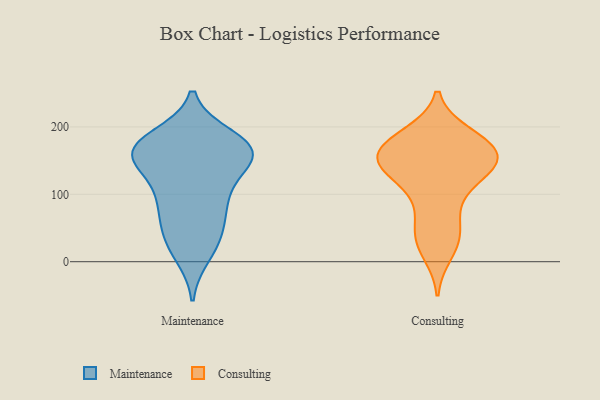
{"axis": {"x": "Conversion Rate (%)", "y": "Value"}, "legend": ["Consulting", "Maintenance"], "data": [{"x": "", "y": 30, "type": "Maintenance"}, {"x": "", "y": 165, "type": "Maintenance"}, {"x": "", "y": 142, "type": "Maintenance"}, {"x": "", "y": 11, "type": "Maintenance"}, {"x": "", "y": 97, "type": "Maintenance"}, {"x": "", "y": 178, "type": "Maintenance"}, {"x": "", "y": 100, "type": "Maintenance"}, {"x": "", "y": 30, "type": "Maintenance"}, {"x": "", "y": 157, "type": "Maintenance"}, {"x": "", "y": 171, "type": "Maintenance"}, {"x": "", "y": 157, "type": "Maintenance"}, {"x": "", "y": 161, "type": "Maintenance"}, {"x": "", "y": 62, "type": "Maintenance"}, {"x": "", "y": 184, "type": "Maintenance"}, {"x": "", "y": 162, "type": "Maintenance"}, {"x": "", "y": 163, "type": "Maintenance"}, {"x": "", "y": 100, "type": "Maintenance"}, {"x": "", "y": 65, "type": "Maintenance"}, {"x": "", "y": 162, "type": "Consulting"}, {"x": "", "y": 188, "type": "Consulting"}, {"x": "", "y": 41, "type": "Consulting"}, {"x": "", "y": 151, "type": "Consulting"}, {"x": "", "y": 92, "type": "Consulting"}, {"x": "", "y": 79, "type": "Consulting"}, {"x": "", "y": 186, "type": "Consulting"}, {"x": "", "y": 31, "type": "Consulting"}, {"x": "", "y": 163, "type": "Consulting"}, {"x": "", "y": 143, "type": "Consulting"}, {"x": "", "y": 174, "type": "Consulting"}, {"x": "", "y": 161, "type": "Consulting"}, {"x": "", "y": 157, "type": "Consulting"}, {"x": "", "y": 178, "type": "Consulting"}, {"x": "", "y": 131, "type": "Consulting"}, {"x": "", "y": 41, "type": "Consulting"}, {"x": "", "y": 14, "type": "Consulting"}, {"x": "", "y": 129, "type": "Consulting"}, {"x": "", "y": 138, "type": "Consulting"}, {"x": "", "y": 136, "type": "Consulting"}]}